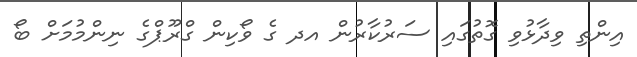
އިންތި ވިދާޅުވި ގޮތުގައި ސަރުކާރުން އދ ގެ ވޯކިން ގްރޫޕްގެ ނިންމުމަށް ބޯ